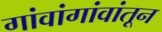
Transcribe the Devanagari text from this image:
गांवांगांवांतून